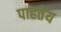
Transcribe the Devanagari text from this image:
पाहतेय